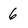
Character: 6